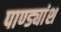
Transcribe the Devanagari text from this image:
पाण्ड्यांश